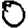
Digit: 0